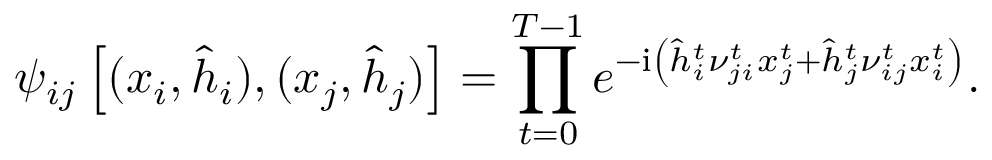
\psi _ { i j } \left[ ( \boldsymbol { x } _ { i } , \hat { \boldsymbol { h } } _ { i } ) , ( \boldsymbol { x } _ { j } , \hat { \boldsymbol { h } } _ { j } ) \right] = \prod _ { t = 0 } ^ { T - 1 } e ^ { - \mathrm { i } \left( \hat { h } _ { i } ^ { t } \nu _ { j i } ^ { t } x _ { j } ^ { t } + \hat { h } _ { j } ^ { t } \nu _ { i j } ^ { t } x _ { i } ^ { t } \right) } .